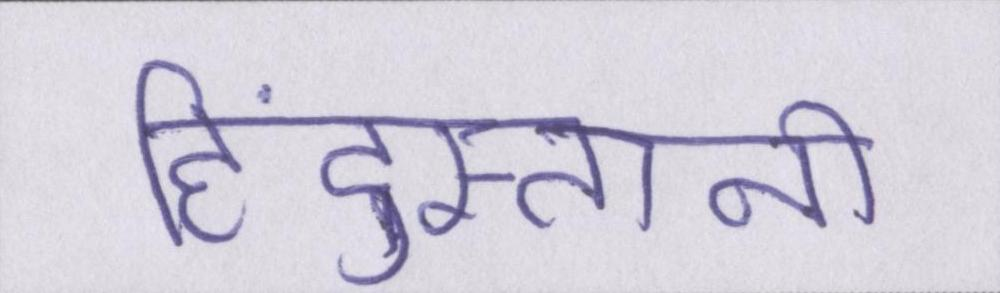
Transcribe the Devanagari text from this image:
हिंदुस्तानी